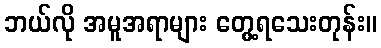
ဘယ်လို အမူအရာများ တွေ့ရသေးတုန်း။